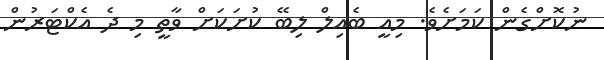
ނުކޮށްގެން ކަމަށެވެ. މިއީ ބެއިލް ލިބޭ ކުށަކަށް ވާތީ މި ދެ އެކްޓަރުން